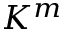
K ^ { m }